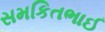
સમકિતભાઈ